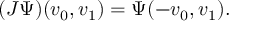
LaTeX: ( J \Psi ) ( v _ { 0 } , v _ { 1 } ) = \Psi ( - v _ { 0 } , v _ { 1 } ) .